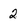
Character: 2